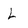
Character: L